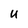
Character: U